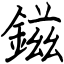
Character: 鎡